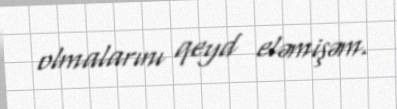
olmalarını qeyd eləmişəm.